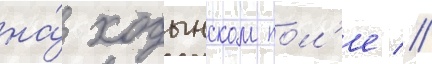
на́ ходынском пол'е //